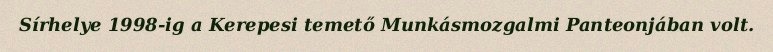
Sírhelye 1998-ig a Kerepesi temető Munkásmozgalmi Panteonjában volt.